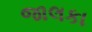
જાલકા